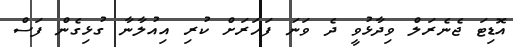
އޮޑިޓަ ޖެނެރަލް ވިދާޅުވީ ދެ ވަނަ ފަހަރަށް ކުރި އިއުލާނާ ގުޅިގެން ފަސް